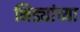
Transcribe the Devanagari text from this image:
भिड्यांच्या